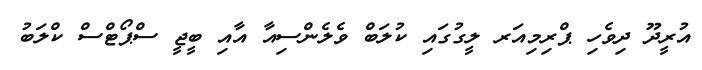
އުރީދޫ ދިވެހި ޕްރިމިއަރ ލީގުގައި ކުލަބް ވެލެންސިއާ އާއި ބީޖީ ސްޕޯޓްސް ކްލަބު